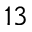
1 3